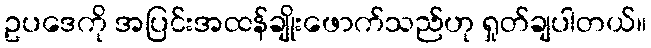
ဥပဒေကို အပြင်းအထန်ချိုးဖောက်သည်ဟု ရှုတ်ချပါတယ်။